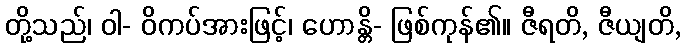
တို့သည်၊ ဝါ- ဝိကပ်အားဖြင့်၊ ဟောန္တိ- ဖြစ်ကုန်၏။ ဇီရတိ, ဇီယျတိ,